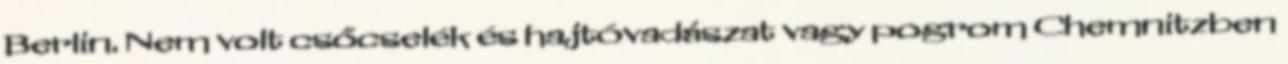
Berlin. Nem volt csőcselék és hajtóvadászat vagy pogrom Chemnitzben